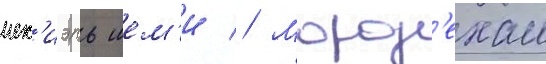
иех'иэль шем'и // Морд'ехаи